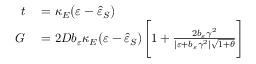
\begin{array} { r l } { t } & { { } = \kappa _ { E } \big ( \varepsilon - \hat { \varepsilon } _ { S } \big ) } \\ { G } & { { } = 2 D b _ { \varepsilon } \kappa _ { E } \big ( \varepsilon - \hat { \varepsilon } _ { S } \big ) \Bigg [ 1 + \frac { 2 b _ { \varepsilon } \gamma ^ { 2 } } { \vert \varepsilon + b _ { \varepsilon } \gamma ^ { 2 } \vert \sqrt { 1 + \theta } } \Bigg ] } \end{array}